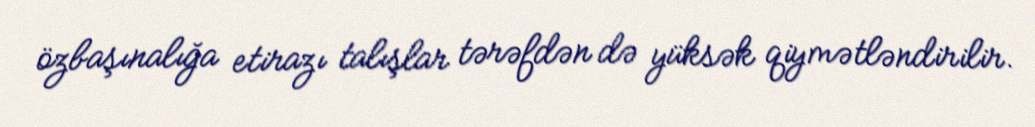
özbaşınalığa etirazı talışlar tərəfdən də yüksək qiymətləndirilir.